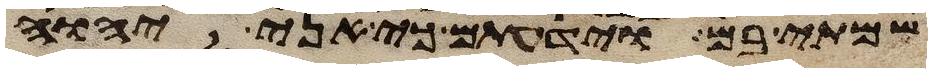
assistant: שמתי בם וידעתם כי אני יהוה